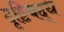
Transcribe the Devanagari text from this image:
दृष्टिबद्ध